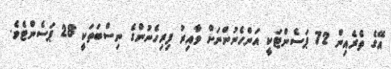
އޭގެ ތެރެއިން 72 ޕަސެންޓަކީ އަންހެނުންނަށް ވާއިރު ފިރިހެނުންގެ ނިސްބަތަކީ 28 ޕަސެންޓެވެ.